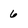
Character: 6